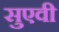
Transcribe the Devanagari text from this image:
सुएवी